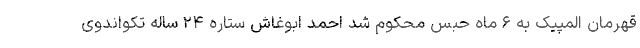
قهرمان المپیک به ۶ ماه حبس محکوم شد احمد ابوغاش ستاره ۲۴ ساله تکواندوی